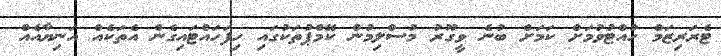
ޓެރަރިޒަމް ހުއްޓުވުމަށް ކަމަށް ބުނެ ވީގޫރު މުސްލިމުން ކޭމްޕުތަކުގައި ހިފަހައްޓައިގެން އެތަކެއް އަނިޔާއެއް